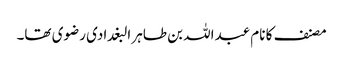
مصنف کا نام عبداللہ بن طاہر البغدادی رضوی تھا۔